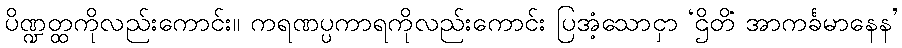
ပိဏ္ဍတ္ထကိုလည်းကောင်း။ ကရဏပ္ပကာရကိုလည်းကောင်း ပြအံ့သောငှာ ‘ဌိတိံ အာကင်္ခမာနေန’